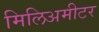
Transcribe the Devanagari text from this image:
मिलिअमीटर